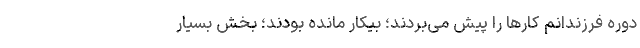
دوره فرزندانم کارها را پیش می‌بردند؛ بیکار مانده بودند؛ بخش بسیار